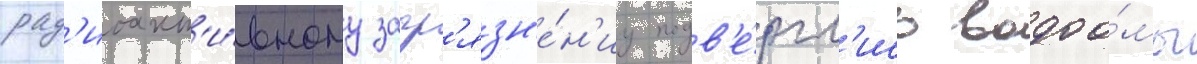
рад'иоакт'и́вному загр'язн'е́н'иу подв'е́ргл'ись водоо́мы